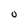
Character: O